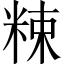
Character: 𥹵